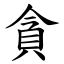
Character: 貪